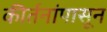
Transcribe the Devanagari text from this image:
कीर्तनांपासून